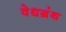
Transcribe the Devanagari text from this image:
वेधग्रंथ